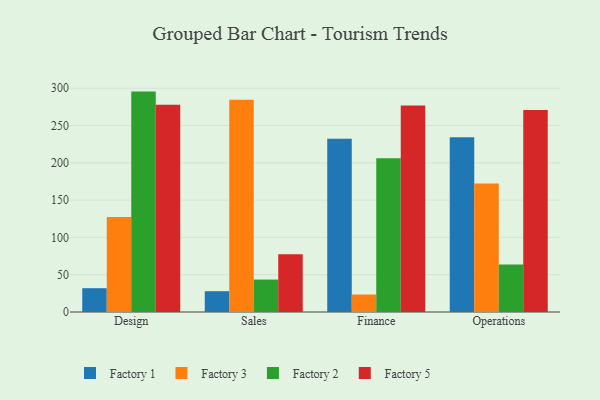
{"axis": {"x": "Department", "y": "Revenue (USD Million)"}, "legend": ["Factory 1", "Factory 2", "Factory 3", "Factory 5"], "data": [{"x": "Design", "y": 31.9, "type": "Factory 1"}, {"x": "Design", "y": 127.3, "type": "Factory 3"}, {"x": "Design", "y": 295.5, "type": "Factory 2"}, {"x": "Design", "y": 277.9, "type": "Factory 5"}, {"x": "Sales", "y": 27.9, "type": "Factory 1"}, {"x": "Sales", "y": 284.6, "type": "Factory 3"}, {"x": "Sales", "y": 43.5, "type": "Factory 2"}, {"x": "Sales", "y": 77.5, "type": "Factory 5"}, {"x": "Finance", "y": 232.4, "type": "Factory 1"}, {"x": "Finance", "y": 23.4, "type": "Factory 3"}, {"x": "Finance", "y": 206.0, "type": "Factory 2"}, {"x": "Finance", "y": 277.0, "type": "Factory 5"}, {"x": "Operations", "y": 234.4, "type": "Factory 1"}, {"x": "Operations", "y": 172.4, "type": "Factory 3"}, {"x": "Operations", "y": 63.6, "type": "Factory 2"}, {"x": "Operations", "y": 270.7, "type": "Factory 5"}]}